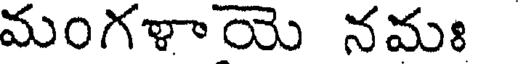
మంగళాయె నమః